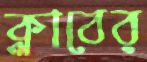
ক্লাবের